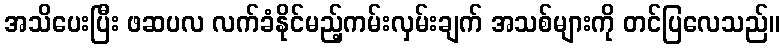
အသိပေးပြီး ဖဆပလ လက်ခံနိုင်မည့်ကမ်းလှမ်းချက် အသစ်များကို တင်ပြလေသည်။